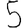
Digit: 5